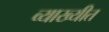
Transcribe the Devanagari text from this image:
व्याख्यीत